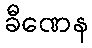
ခီဏေန